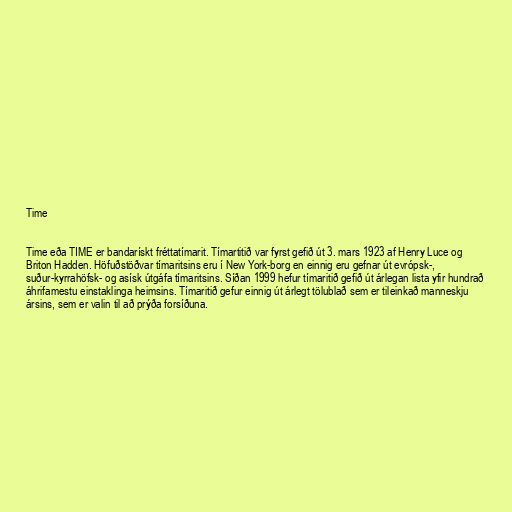
Time

Time eða TIME er bandarískt fréttatímarit. Tímartitið var fyrst gefið út 3. mars 1923 af Henry Luce og
Briton Hadden. Höfuðstöðvar tímaritsins eru í New York-borg en einnig eru gefnar út evrópsk-,
suður-kyrrahöfsk- og asísk útgáfa tímaritsins. Síðan 1999 hefur tímaritið gefið út árlegan lista yfir hundrað
áhrifamestu einstaklinga heimsins. Tímaritið gefur einnig út árlegt tölublað sem er tileinkað manneskju
ársins, sem er valin til að prýða forsíðuna.